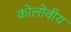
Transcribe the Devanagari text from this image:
कोलोवीय